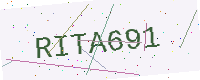
Text: RITA691